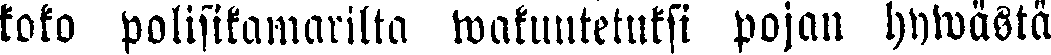
koko polisikamarilta wakuutetuksi pojan hywästä